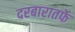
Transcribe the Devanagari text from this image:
दरबारातर्फे